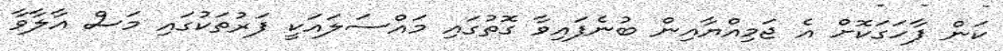
ކަން ފާހަގަކޮށް އެ ޖަމިއްޔާއިން ބުނެފައިވާ ގޮތުގައި މައްސަލައަކީ ފަރުތަކުގައި މަސް އާލާވާ